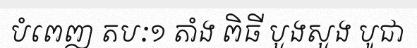
បំពេញ តបៈ១ តាំង ពិធី បួងសួង បូជា